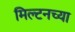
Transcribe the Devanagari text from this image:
मिल्टनच्या